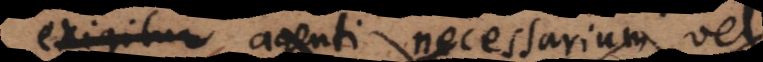
ut agenti necessarium vel